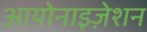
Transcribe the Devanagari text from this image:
आयोनाइज़ेशन